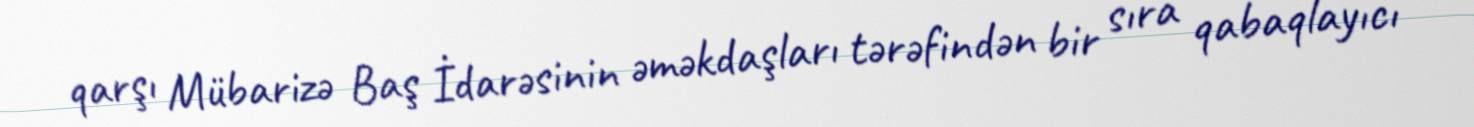
qarşı Mübarizə Baş İdarəsinin əməkdaşları tərəfindən bir sıra qabaqlayıcı